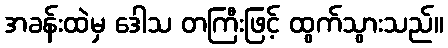
အခန်းထဲမှ ဒေါသ တကြီးဖြင့် ထွက်သွားသည်။